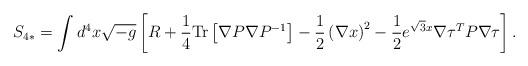
LaTeX: \begin{align*}S_{4*} = \int d^4 x \sqrt{-g} \left[ R +\frac{1}{4} {\rm Tr} \left[ \nabla P \nabla P^{-1} \right] -\frac{1}{2} \left( \nabla x \right)^2 -\frac{1}{2} e^{\sqrt{3} x} \nabla\tau^T P \nabla\tau \right] .\end{align*}